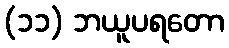
(၁၁) ဘယူပရတော